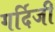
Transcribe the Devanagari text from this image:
गर्दिजी